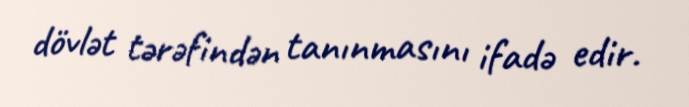
dövlət tərəfindən tanınmasını ifadə edir.